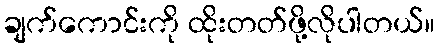
ချက်ကောင်းကို ထိုးတတ်ဖို့လိုပါတယ်။